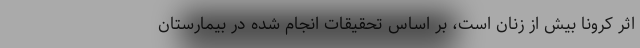
اثر کرونا بیش از زنان است، بر اساس تحقیقات انجام شده در بیمارستان